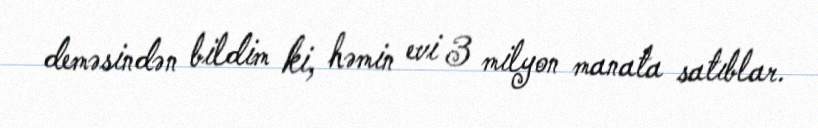
deməsindən bildim ki, həmin evi 3 milyon manata satıblar.